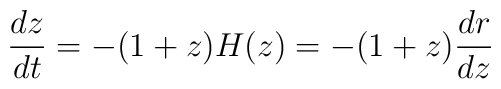
\frac{dz}{dt}=-(1+z)H(z)=-(1+z) \frac{dr}{dz}